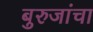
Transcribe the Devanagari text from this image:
बुरुजांचा